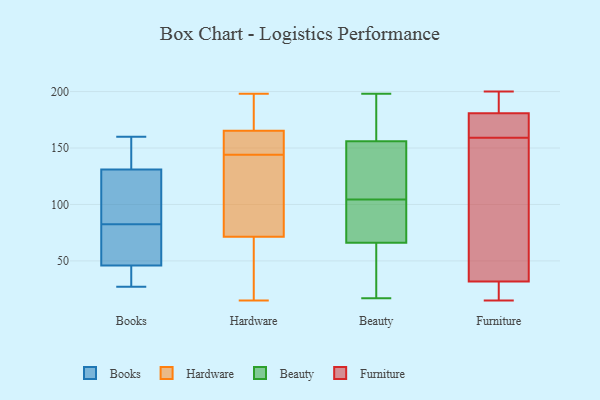
{"axis": {"x": "Page Views", "y": "Value"}, "legend": ["Beauty", "Books", "Furniture", "Hardware"], "data": [{"x": "", "y": 56, "type": "Books"}, {"x": "", "y": 46, "type": "Books"}, {"x": "", "y": 124, "type": "Books"}, {"x": "", "y": 160, "type": "Books"}, {"x": "", "y": 158, "type": "Books"}, {"x": "", "y": 131, "type": "Books"}, {"x": "", "y": 27, "type": "Books"}, {"x": "", "y": 109, "type": "Books"}, {"x": "", "y": 27, "type": "Books"}, {"x": "", "y": 53, "type": "Books"}, {"x": "", "y": 188, "type": "Hardware"}, {"x": "", "y": 120, "type": "Hardware"}, {"x": "", "y": 167, "type": "Hardware"}, {"x": "", "y": 141, "type": "Hardware"}, {"x": "", "y": 68, "type": "Hardware"}, {"x": "", "y": 89, "type": "Hardware"}, {"x": "", "y": 156, "type": "Hardware"}, {"x": "", "y": 153, "type": "Hardware"}, {"x": "", "y": 82, "type": "Hardware"}, {"x": "", "y": 15, "type": "Hardware"}, {"x": "", "y": 190, "type": "Hardware"}, {"x": "", "y": 26, "type": "Hardware"}, {"x": "", "y": 59, "type": "Hardware"}, {"x": "", "y": 174, "type": "Hardware"}, {"x": "", "y": 144, "type": "Hardware"}, {"x": "", "y": 37, "type": "Hardware"}, {"x": "", "y": 198, "type": "Hardware"}, {"x": "", "y": 152, "type": "Hardware"}, {"x": "", "y": 160, "type": "Hardware"}, {"x": "", "y": 175, "type": "Beauty"}, {"x": "", "y": 17, "type": "Beauty"}, {"x": "", "y": 42, "type": "Beauty"}, {"x": "", "y": 153, "type": "Beauty"}, {"x": "", "y": 119, "type": "Beauty"}, {"x": "", "y": 156, "type": "Beauty"}, {"x": "", "y": 66, "type": "Beauty"}, {"x": "", "y": 90, "type": "Beauty"}, {"x": "", "y": 198, "type": "Beauty"}, {"x": "", "y": 69, "type": "Beauty"}, {"x": "", "y": 200, "type": "Furniture"}, {"x": "", "y": 25, "type": "Furniture"}, {"x": "", "y": 17, "type": "Furniture"}, {"x": "", "y": 34, "type": "Furniture"}, {"x": "", "y": 49, "type": "Furniture"}, {"x": "", "y": 198, "type": "Furniture"}, {"x": "", "y": 163, "type": "Furniture"}, {"x": "", "y": 59, "type": "Furniture"}, {"x": "", "y": 179, "type": "Furniture"}, {"x": "", "y": 159, "type": "Furniture"}, {"x": "", "y": 15, "type": "Furniture"}, {"x": "", "y": 186, "type": "Furniture"}, {"x": "", "y": 169, "type": "Furniture"}]}